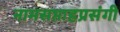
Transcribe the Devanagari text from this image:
नामसप्ताहप्रसंगी